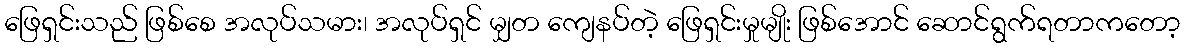
ဖြေရှင်းသည် ဖြစ်စေ အလုပ်သမား၊ အလုပ်ရှင် မျှတ ကျေနပ်တဲ့ ဖြေရှင်းမှုမျိုး ဖြစ်အောင် ဆောင်ရွက်ရတာကတော့